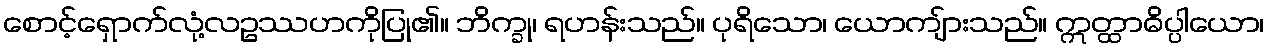
စောင့်ရှောက်လုံ့လဥဿဟကိုပြု၏။ ဘိက္ခု၊ ရဟန်းသည်။ ပုရိသော၊ ယောကျ်ားသည်။ ဣတ္ထာဓိပ္ပါယော၊